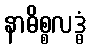
နာဓိစ္စလဒ္ဓံ